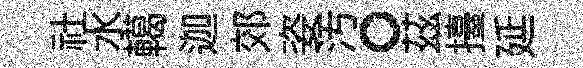
社水轕迦郊姿汚。茲擡延